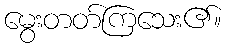
မွေးတတ်ကြသေး၏။